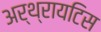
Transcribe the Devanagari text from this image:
अर्थ्रायटिस